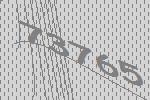
73765